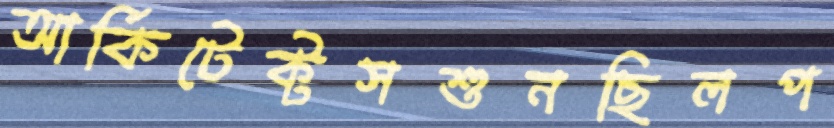
আর্কিটেক্টসশুনছিলপ